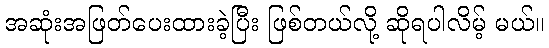
အဆုံးအဖြတ်ပေးထားခဲ့ပြီး ဖြစ်တယ်လို့ ဆိုရပါလိမ့် မယ်။